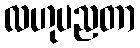
လဟုပညတာ